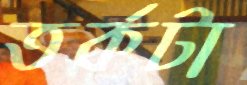
তর্কটা